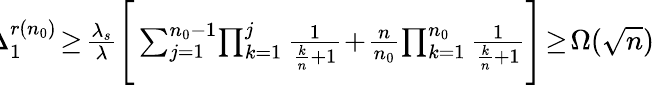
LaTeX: \begin{array}{r}{\! \! \! \Delta_{1}^{r(n_{0})}\! \geq\! \frac{\lambda_{s}}{\lambda}\Bigg[\sum_{j=1}^{n_{0}-1}\! \prod_{k=1}^{j}\frac{1}{\frac{k}{n}+1}\! +\! \frac{n}{n_{0}}\! \prod_{k=1}^{n_{0}}\frac{1}{\frac{k}{n}+1}\Bigg]\! \geq\! \Omega(\sqrt{n})}\end{array}